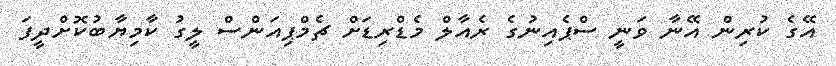
އޭގެ ކުރިން އޭނާ ވަނީ ސްޕެއިނުގެ ރެއާލް މެޑްރިޑަށް ޗެމްޕިއަންސް ލީގު ކާމިޔާބުކޮށްދީފަ